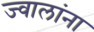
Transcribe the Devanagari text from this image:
ज्वालांना